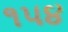
૧૫૪